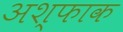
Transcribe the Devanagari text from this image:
अश्फाक